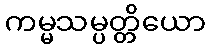
ကမ္မသမ္ပတ္တိယော